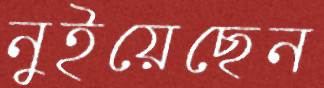
নুইয়েছেন